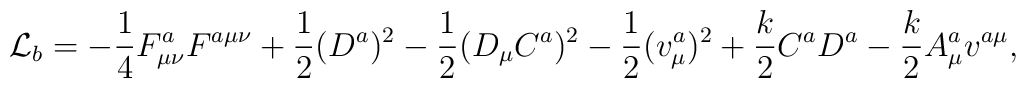
{\cal L}_b=-\frac{1}{4}F_{\mu\nu}^{a}F^{a\mu\nu}+\frac{1}{2}(D^{a})^2-\frac{1}{2}(D_{\mu}C^a)^2-\frac{1}{2}(v^a_{\mu})^2+\frac{k}{2}C^a D^a-\frac{k}{2}A_{\mu}^a v^{a\mu},